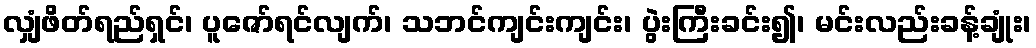
လျှံဖိတ်ရည်ရှင်၊ ပူဇော်ရင်လျက်၊ သဘင်ကျင်းကျင်း၊ ပွဲးကြီးခင်း၍၊ မင်းလည်းခန့်ချုံး၊